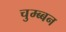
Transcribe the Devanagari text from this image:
चुम्ब्बन